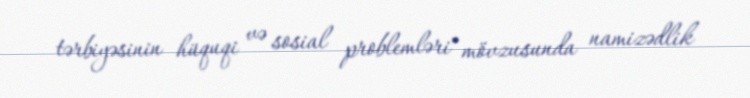
tərbiyəsinin hüquqi və sosial problemləri" mövzusunda namizədlik